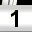
Digit: 1